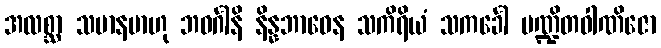
အလစ္ဆာ သမာနမာဟု ဘဝင်္ဂါနိ နိန္နဘာဝေန သကိရိယံ သကင်္ခေါ ပဏ္ဍိတဝါဏိဇော